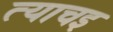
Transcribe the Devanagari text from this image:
त्याचइ